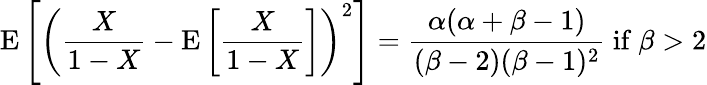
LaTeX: \operatorname{E}\left[\left({\frac{X}{1-X}}-\operatorname{E}\left[{\frac{X}{1-X}}\right]\right)^{2}\right]={\frac{\alpha(\alpha+\beta-1)}{(\beta-2)(\beta-1)^{2}}}{\mathrm{~if~}}\beta>2